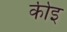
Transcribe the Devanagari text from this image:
कीइ